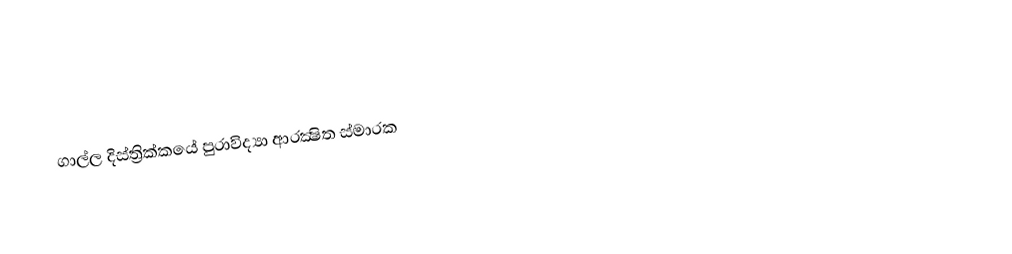
ගාල්ල දිස්ත්‍රික්කයේ පුරාවිද්‍යා ආරක්‍ෂිත ස්මාරක